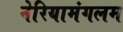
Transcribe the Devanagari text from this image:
नेरियामंगलम